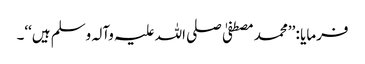
فرمایا : ’’محمد مصطفیٰ صلی اللہ علیہ وآلہ وسلم ہیں‘‘۔